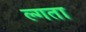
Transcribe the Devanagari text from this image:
ल्गता